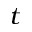
^ { t }